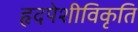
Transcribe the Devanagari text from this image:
हृदपेशीविकृति